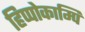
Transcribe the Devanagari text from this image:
हिप्पोकाम्पि